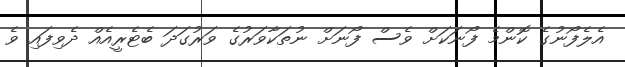
އެލެފޯނުގެ ކޮންމެ ފޯނަކަށް ވެސް ފޯނަށް ނުތަކާވަރުގެ ވަރުގަދަ ބެޓެރީއެއް ދެވިފައި ވެ